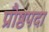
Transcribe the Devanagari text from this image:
प्रौष्ठपदा